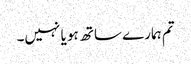
تم ہمارے ساتھ ہو یا نہیں۔